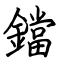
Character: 鐺